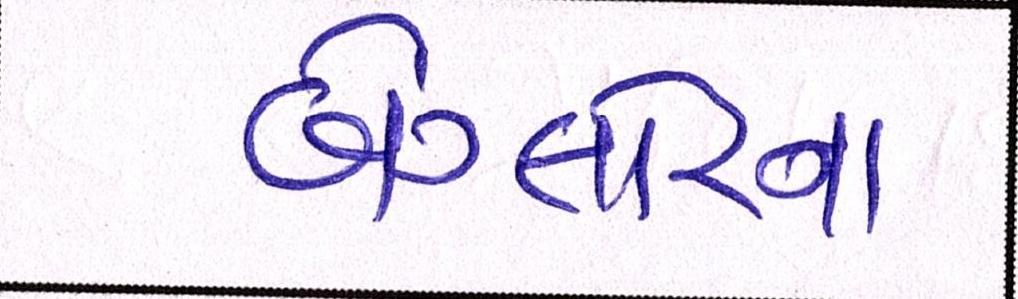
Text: બેંગ્લોરનાં